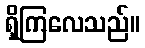
ရှိကြလေသည်။